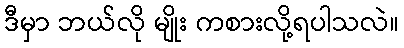
ဒီမှာ ဘယ်လို မျိုး ကစားလို့ရပါသလဲ။